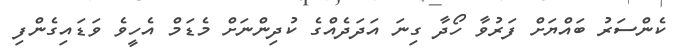
ކެންސަރު ބައްޔަށް ފަރުވާ ހޯދާ ގިނަ އަދަދެއްގެ ކުދިންނަށް މެޑަމް އެހީވެ ވަޑައިގެންފި